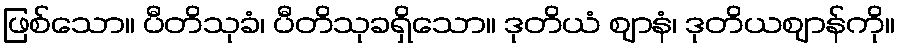
ဖြစ်သော။ ပီတိသုခံ၊ ပီတိသုခရှိသော။ ဒုတိယံ ဈာနံ၊ ဒုတိယဈာန်ကို။